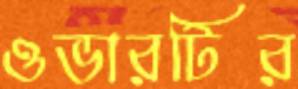
ওভারটির